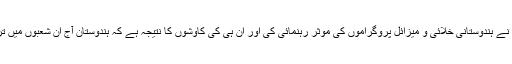
نائب صدر حامد انصاری نے کہا کہ عبدالکلام نے ہندوستانی خلائی و میزائل پروگراموں کی موثر رہنمائی کی اور ان ہی کی کاوشوں کا نتیجہ ہے کہ ہندوستان آج ان شعبوں میں ترقی یافتہ ممالک کی پہلی صف میں شامل ہیں ۔